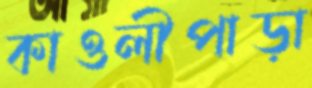
কাওলীপাড়া